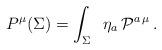
LaTeX: \begin{align*}P^{\mu} (\Sigma) = \int_{\Sigma} \; \; \eta_a \, {\cal P}^{a\,\mu}\,.\end{align*}